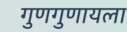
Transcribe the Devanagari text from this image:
गुणगुणायला